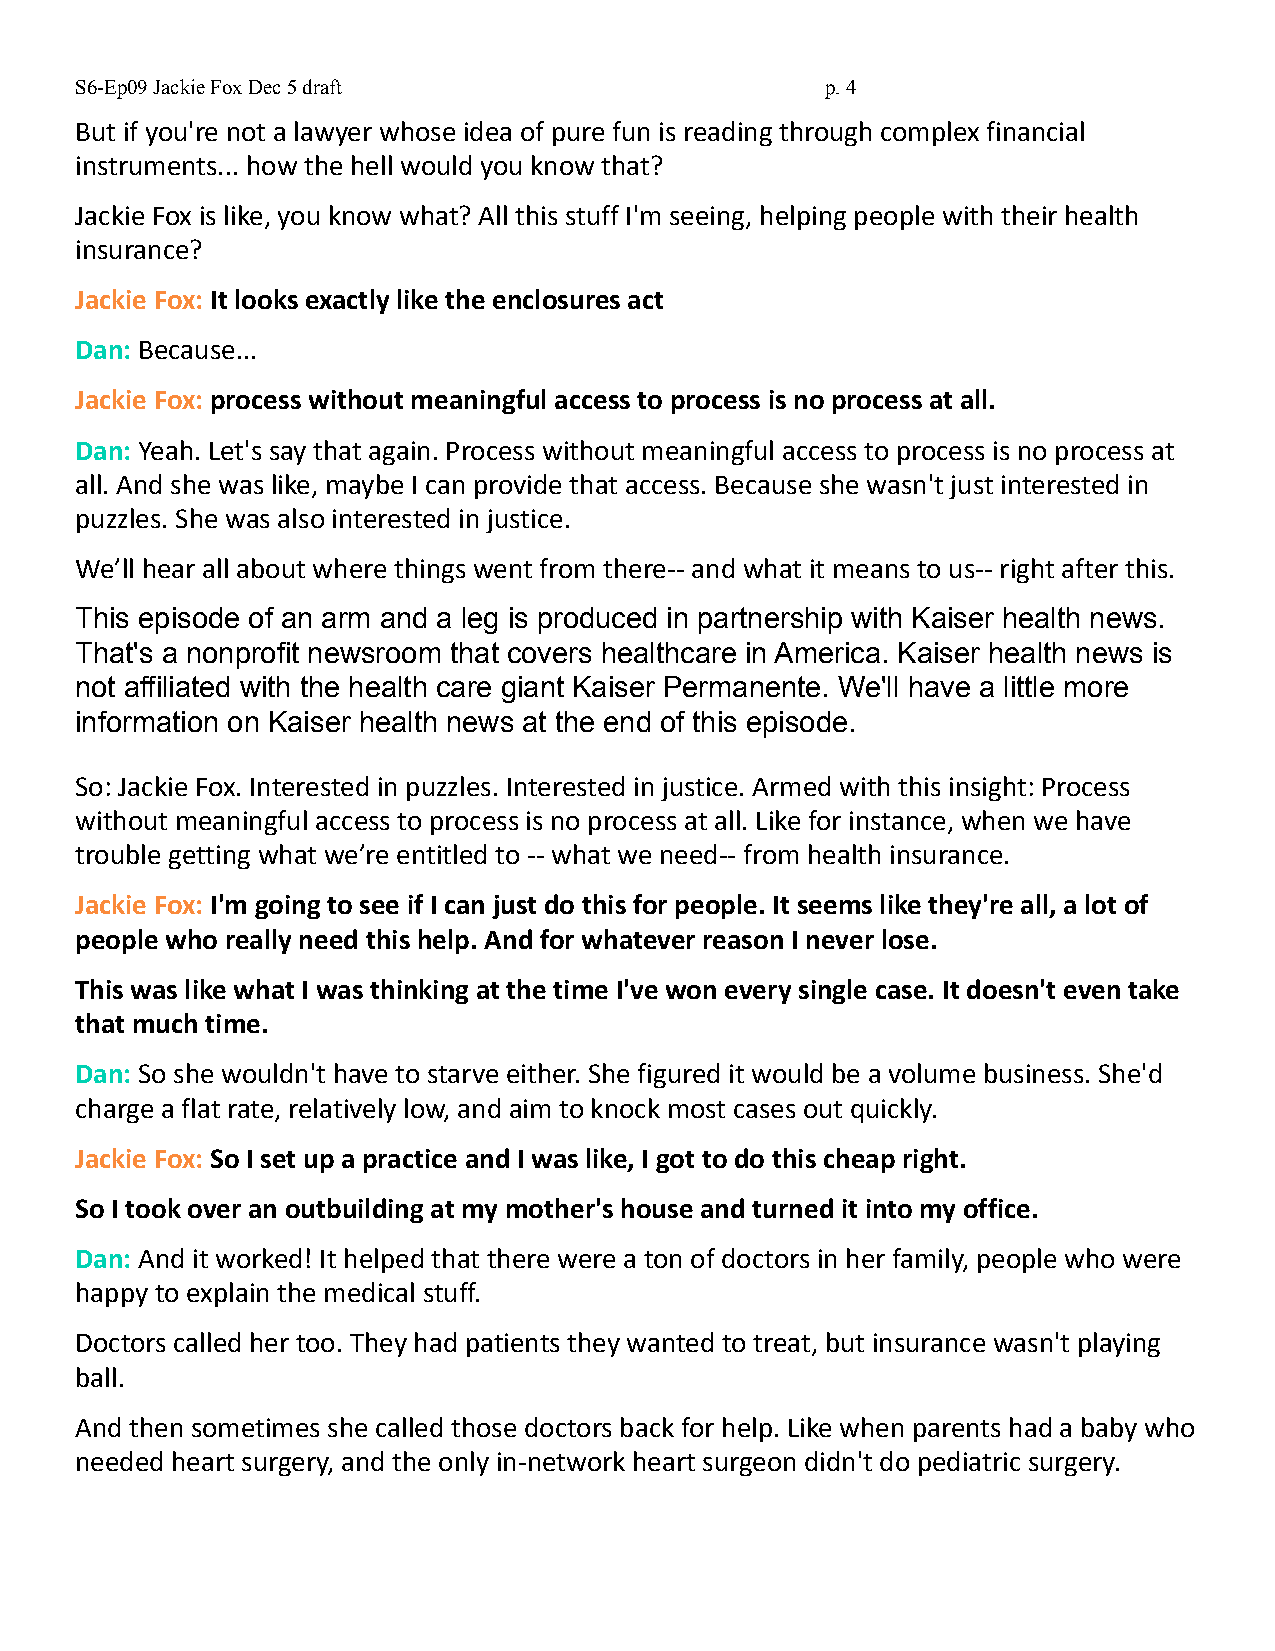
S6-Ep09 Jackie Fox Dec 5 draft                    p.4
 But if you're not a lawyer whose idea of pure fun is reading through complex financial
 instruments... how the hell would you know that?
 Jackie Fox is like, you know what? All this stuff I'm seeing, helping people with their health
 insurance?
 Jackie Fox: It looks exactly like the enclosures act
 Dan: Because...
 Jackie Fox: process without meaningful access to process is no process at all.
 Dan: Yeah. Let's say that again. Process without meaningful access to process is no process at
 all. And she was like, maybe I can provide that access. Because she wasn't just interested in
 puzzles. She was also interested in justice.
 We’ll hear all about where things went from there-- and what it means to us-- right after this.
 This episode of an arm and a leg is produced in partnership with Kaiser health news.
 That's a nonprofit newsroom that covers healthcare in America. Kaiser health news is
 not affiliated with the health care giant Kaiser Permanente. We'll have a little more
 information on Kaiser health news at the end of this episode.
 So: Jackie Fox. Interested in puzzles. Interested in justice. Armed with this insight: Process
 without meaningful access to process is no process at all. Like for instance, when we have
 trouble getting what we’re entitled to -- what we need-- from health insurance.
 Jackie Fox: I'm going to see if I can just do this for people. It seems like they're all, a lot of
 people who really need this help. And for whatever reason I never lose.
 This was like what I was thinking at the time I've won every single case. It doesn't even take
 that much time.
 Dan: So she wouldn't have to starve either. She figured it would be a volume business. She'd
 charge a flat rate, relatively low, and aim to knock most cases out quickly.
 Jackie Fox: So I set up a practice and I was like, I got to do this cheap right.
 So I took over an outbuilding at my mother's house and turned it into my office.
 Dan: And it worked! It helped that there were a ton of doctors in her family, people who were
 happy to explain the medical stuff.
 Doctors called her too. They had patients they wanted to treat, but insurance wasn't playing
 ball.
 And then sometimes she called those doctors back for help. Like when parents had a baby who
 needed heart surgery, and the only in-network heart surgeon didn't do pediatric surgery.